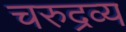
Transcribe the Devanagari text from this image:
चरुद्रव्य